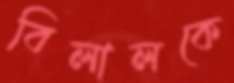
বিলালকে